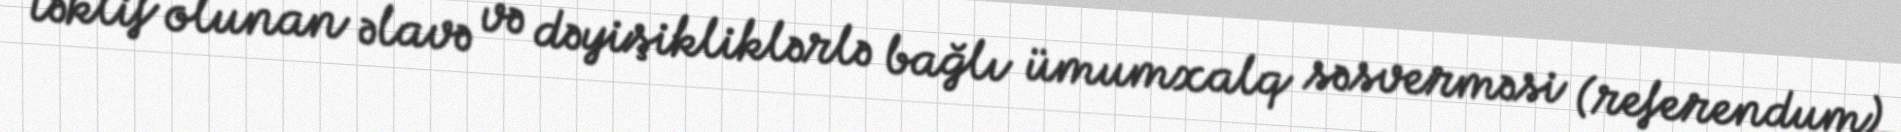
təklif olunan əlavə və dəyişikliklərlə bağlı ümumxalq səsverməsi (referendum)